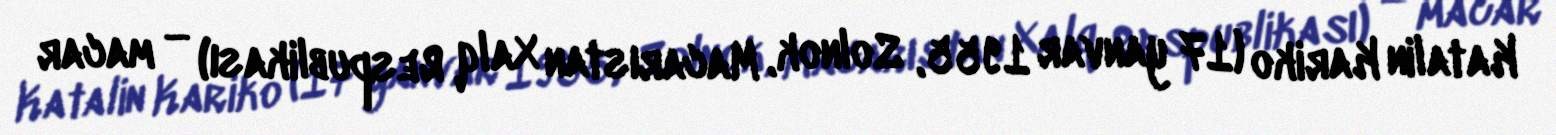
Katalin Kariko (17 yanvar 1955, Solnok, Macarıstan Xalq Respublikası) — macar